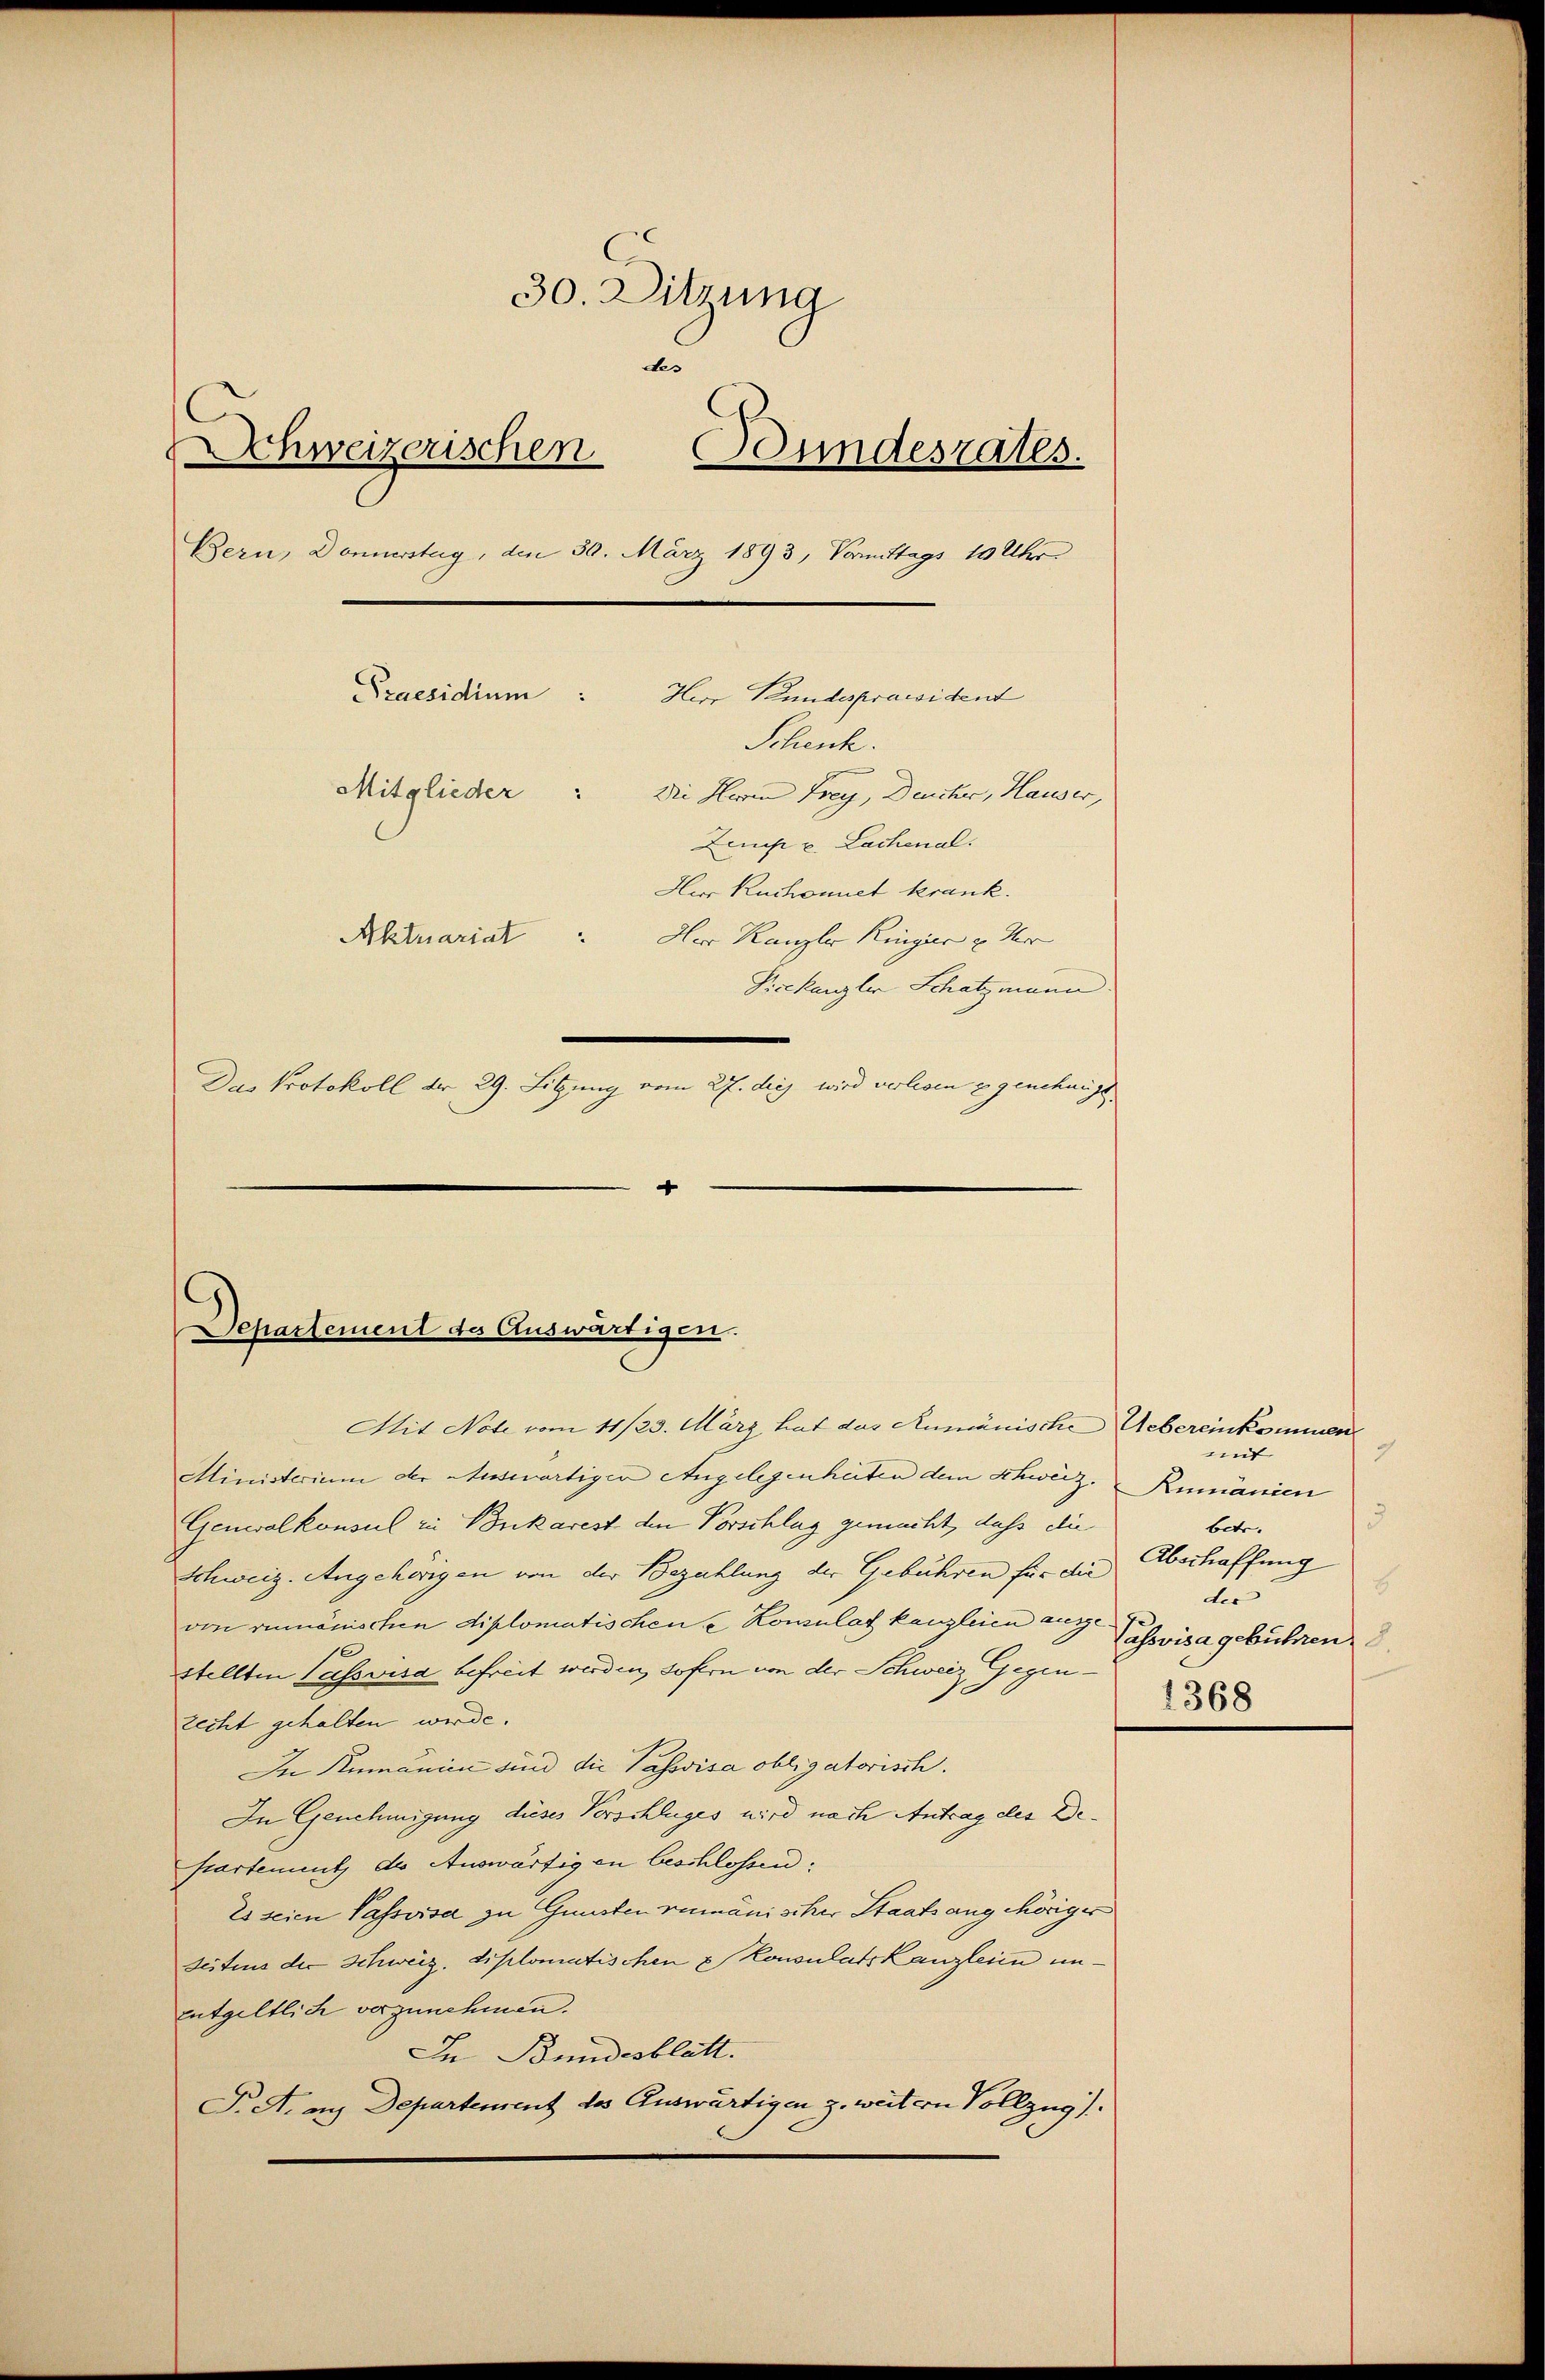
30. Sitzung
a
Schweizerischen Senndesrates.
Bern, Donnerstag, den 30. März 1893, Vormittags 10 Uhr
Praesidium: Herr Bundespraesident
Schenk.
Mitglieder Die Herrn Frey, Deucher, Hauser,
Zems u. Lachenal.
Herr Ruchonnet krank.
Aktuariat Herr Kanzler Ringier u Herr
Pisekanzler Schatzmann.
Das Protokoll dr 29. Sitzung vom 27. die wird verlesen genehmigt.

"
Departement des Auswärtigen.

Mit Note vom 11/23. März hat das Rumänische Uebereinkommen
Ministerium der Auswärtiger Angelegenheiten dem Schweiz. Rumänien
Generalkonsul zu Bonkarest den Vorschlag gemacht, daß die
Schweiz. Angehörigen von der Bezahlung der Gebühren für die
von rumänischen diplomatischen u Konsulat kanzleien ausgestellten Passvisa befreit werden, sofern von der Schweiz Gegenzecht gehalten werde.
In Rumänien sind die Passisa obligatorisch.
In Genehmigung dieses Vorschluges wird nach Antrag des De¬
Partement, de Auswärtigen beschlossen:
Es seien Passvisa zu Gunsten rumänischer Staatsang Möriger
Seitens der Schweiz. diplomatischen Konsulatskanzleien un¬
Entgeltlich vorzunehmen.
In Bundesblatt.
T. A. an Departement des Auswärtigen z. weitern Vollzug)

g
mit
3
betr.
Abschaffung
.
ds
Passvisa gebühren.
1368